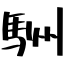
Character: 駲